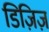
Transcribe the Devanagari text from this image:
डिज़िज़